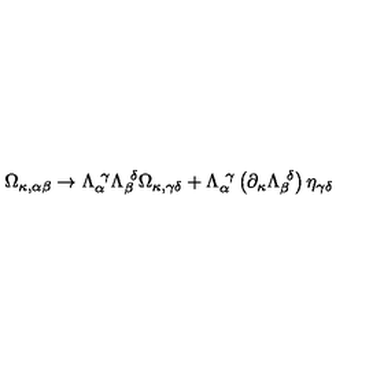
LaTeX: \Omega _ { \kappa , \alpha \beta } \rightarrow \Lambda _ { \alpha } ^ { \ \gamma } \Lambda _ { \beta } ^ { \ \delta } \Omega _ { \kappa , \gamma \delta } + \Lambda _ { \alpha } ^ { \ \gamma } \left( \partial _ { \kappa } \Lambda _ { \beta } ^ { \ \delta } \right) \eta _ { \gamma \delta }